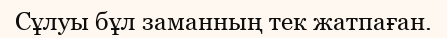
Сұлуы бұл заманның тек жатпаған.